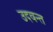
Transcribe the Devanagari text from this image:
उदवन्त